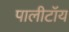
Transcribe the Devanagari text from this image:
पालीटॉय